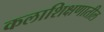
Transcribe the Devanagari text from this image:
कलाशिक्षणातील